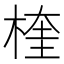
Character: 楏